Leningradi_Edasi_toimetus, lk 175
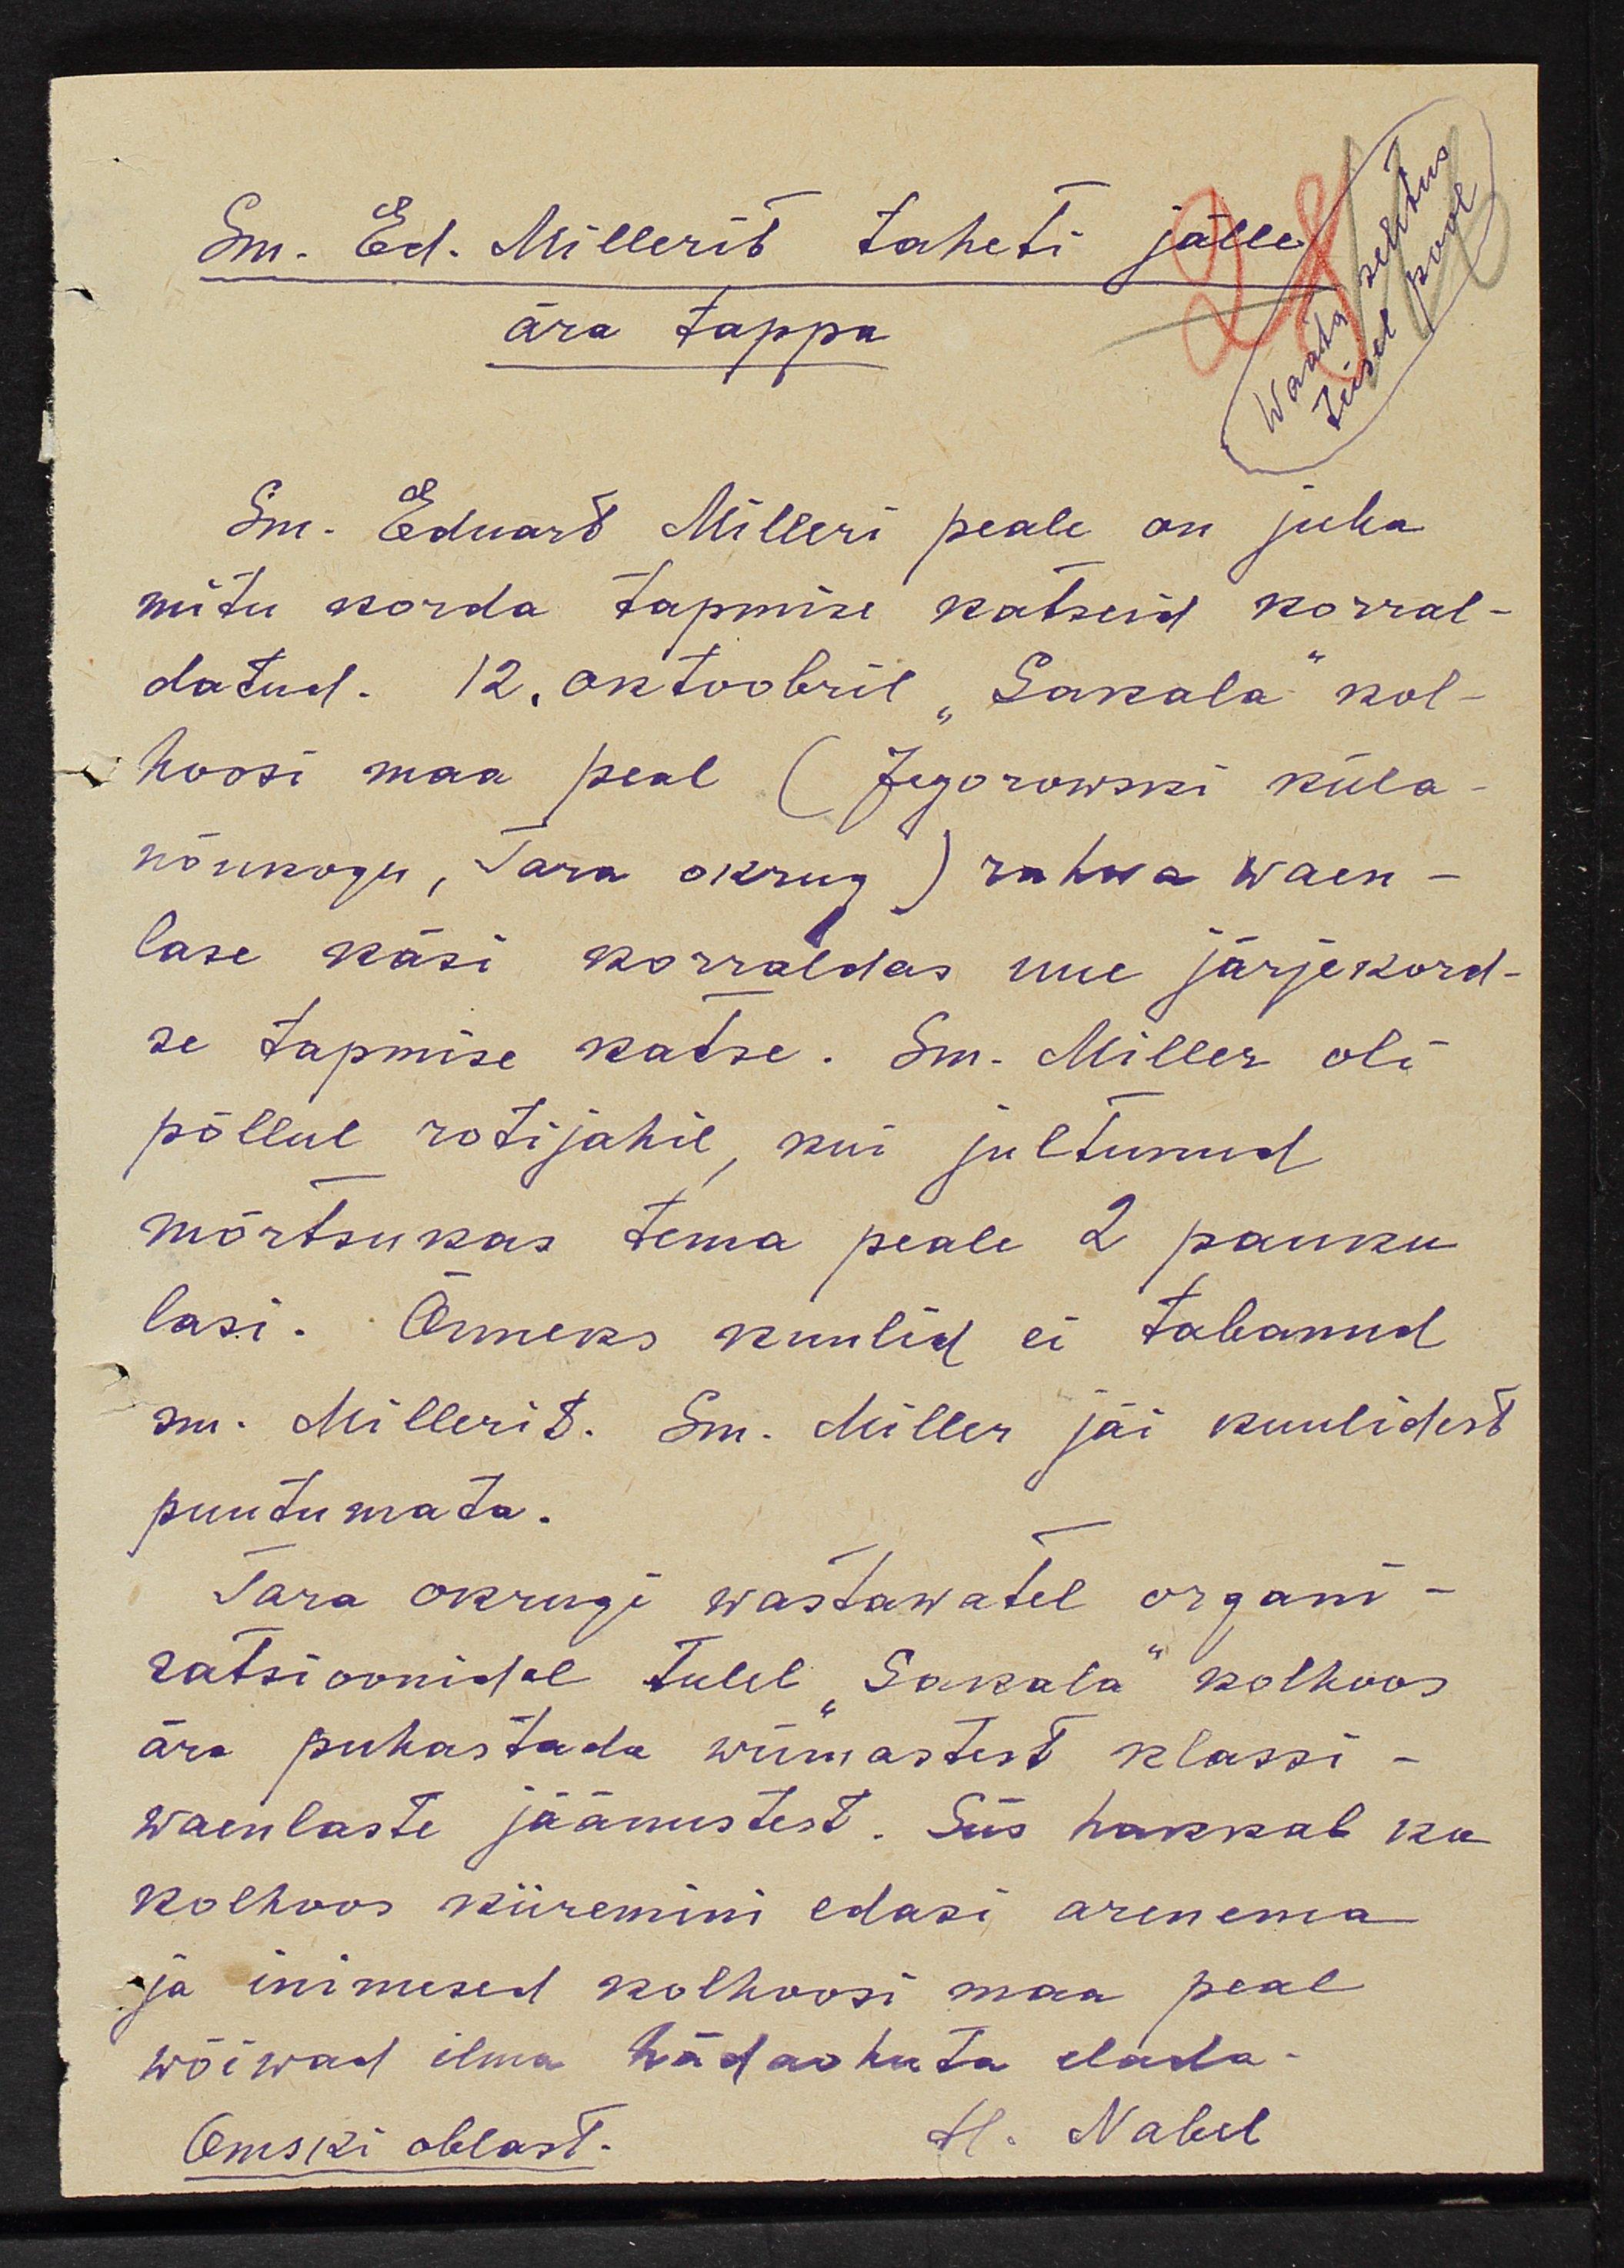
Waata seletus
teisel pool

Sm. Ed. Millerit taheti jälle
ära tappa
Sm. Eduard Milleri peale on juba
mitu korda tapmise katseid korral-
datud. 12. oktoobril "Sakala" kol-
hoosi maa peal (Jegorowski küla
nõukogu, Tara okrug) rahwa waen-
lase käsi korraldas uue järjekord-
se tapmise katse. Sm. Miller oli,
põllul rotijahil, kui jultunud
mõrtsukas tema peale 2 pauku
lasi. Õnneks kuulid ei tabanud
sm. Millerit. Sm. Miller jäi kuulidest
puudumata.
Tara okrugi wastawatel organi-
satsioonidel tuleb "Sakala" kolhoos
ära puhastada wiimastest klassi
waenlaste jäänustest. Siis hakkab ka
kolhoos kiiremini edasi arenema
ja inimesed kolhoosi maa peal
wõiwad ilma hädaohuta elada.
Omski oblast.
H. Nabel